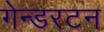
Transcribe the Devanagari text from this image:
गेन्डरटन